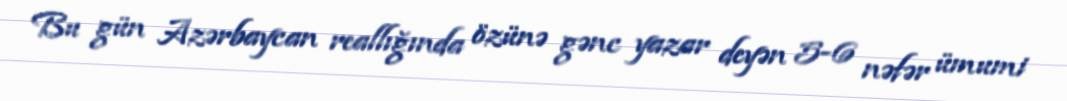
Bu gün Azərbaycan reallığında özünə gənc yazar deyən 5-6 nəfər ümumi